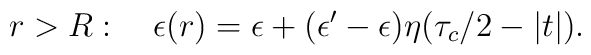
r>R:\quad\epsilon(r)=\epsilon+(\epsilon'-\epsilon)\eta(\tau_c/2-|t|).